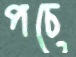
পচে